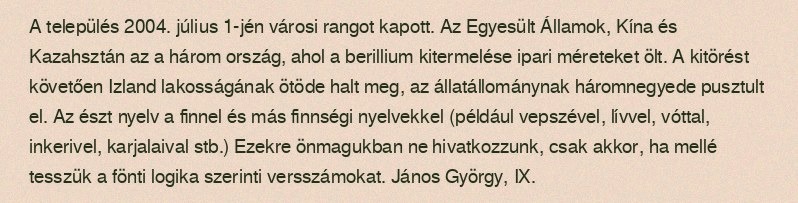
A település 2004. július 1-jén városi rangot kapott. Az Egyesült Államok, Kína és Kazahsztán az a három ország, ahol a berillium kitermelése ipari méreteket ölt. A kitörést követően Izland lakosságának ötöde halt meg, az állatállománynak háromnegyede pusztult el. Az észt nyelv a finnel és más finnségi nyelvekkel (például vepszével, lívvel, vóttal, inkerivel, karjalaival stb.) Ezekre önmagukban ne hivatkozzunk, csak akkor, ha mellé tesszük a fönti logika szerinti versszámokat. János György, IX.